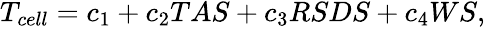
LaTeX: \begin{array}{r}{T_{cell}=c_{1}+c_{2}TAS+c_{3}RSDS+c_{4}WS,}\end{array}